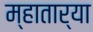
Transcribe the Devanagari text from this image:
म्हातार्‍या